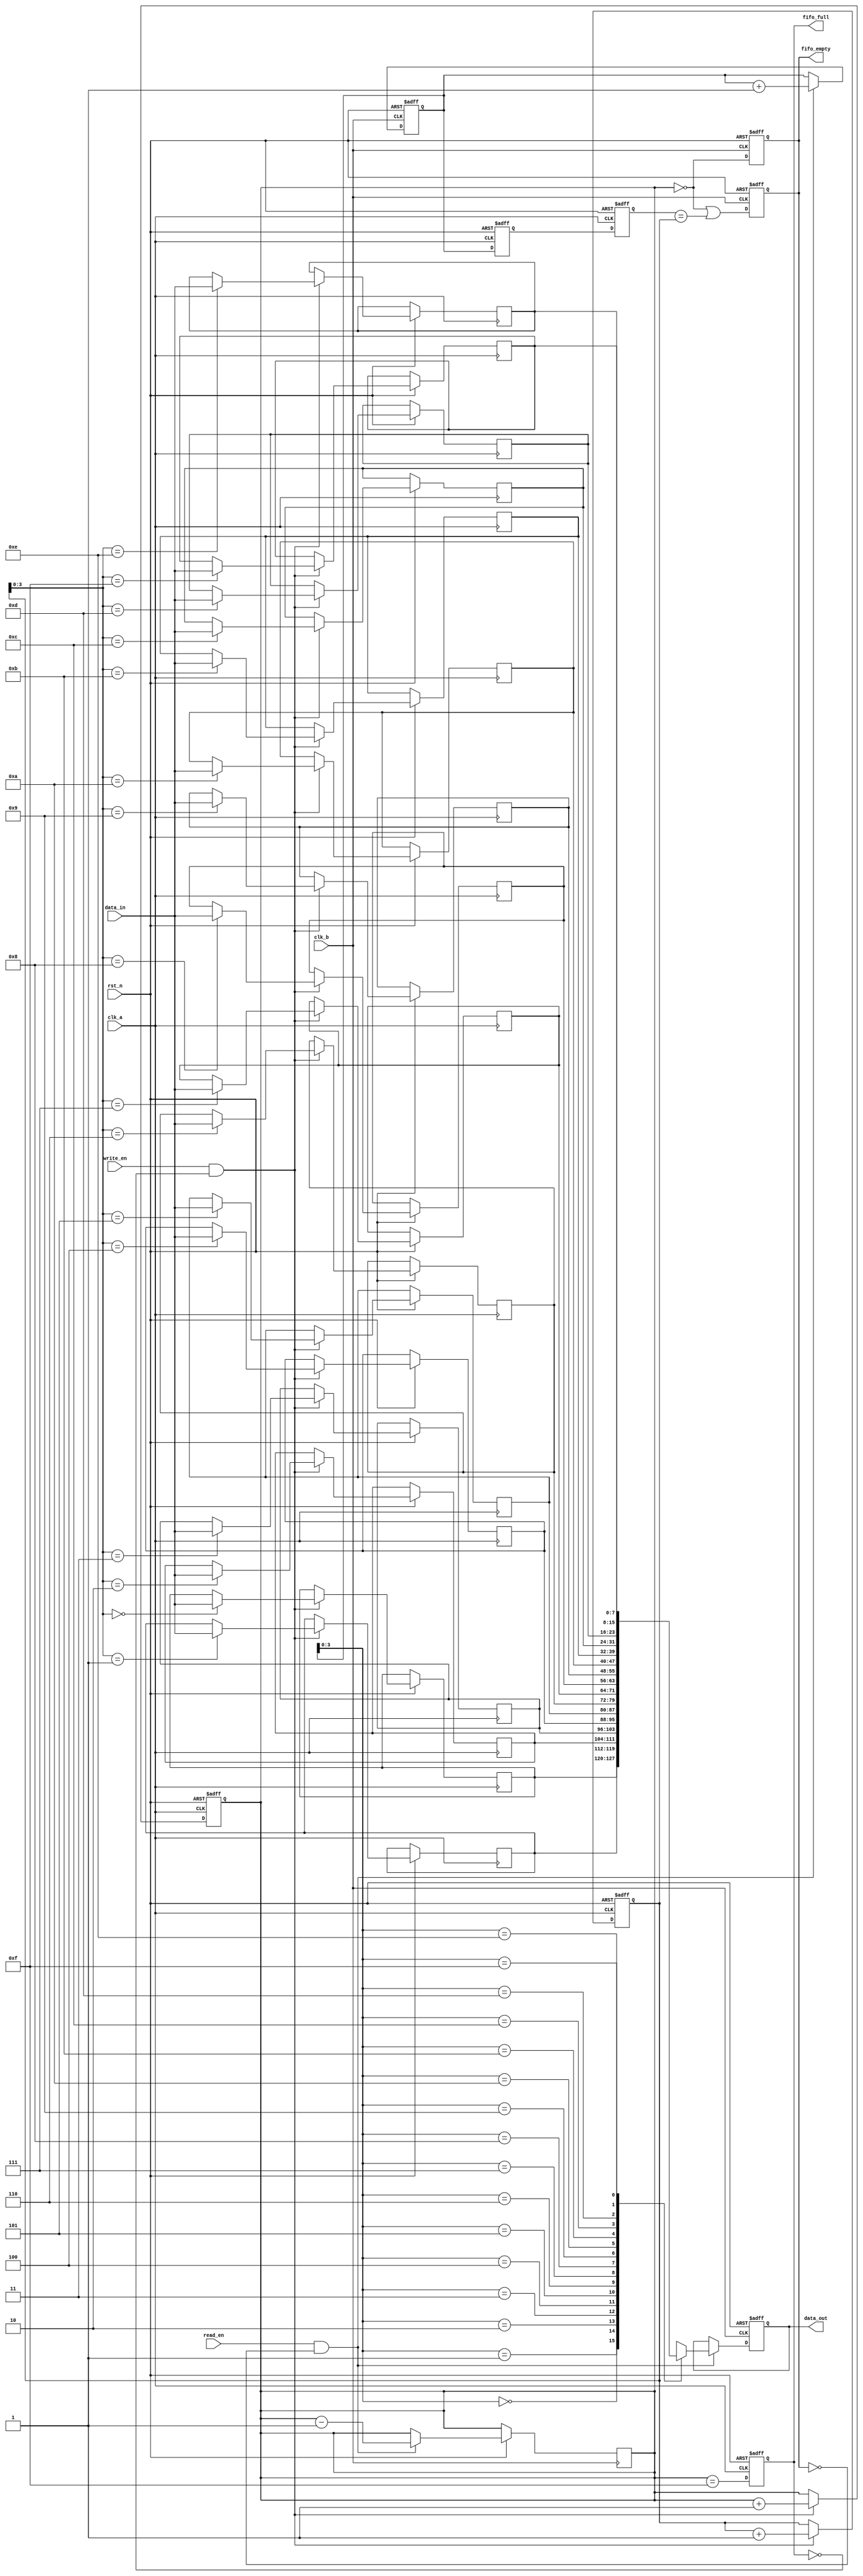
module fifo_synchronizer #(
    parameter DATA_WIDTH = 8,  // Width of the data
    parameter FIFO_DEPTH = 16   // Depth of the FIFO
)(
    input wire clk_a,           // Clock A (write clock)
    input wire clk_b,           // Clock B (read clock)
    input wire rst_n,           // Active low reset
    input wire [DATA_WIDTH-1:0] data_in, // Data input
    input wire write_en,        // Write enable signal
    input wire read_en,         // Read enable signal
    output reg [DATA_WIDTH-1:0] data_out, // Data output
    output reg fifo_full,       // FIFO full flag
    output reg fifo_empty        // FIFO empty flag
);

    // FIFO memory
    reg [DATA_WIDTH-1:0] fifo_mem [0:FIFO_DEPTH-1];
    reg [4:0] write_ptr;       // Write pointer
    reg [4:0] read_ptr;        // Read pointer
    reg [4:0] fifo_count;      // Number of items in FIFO

    // Synchronization registers for read and write pointers
    reg [4:0] sync_read_ptr_1, sync_read_ptr_2;

    // Write logic (Clock A domain)
    always @(posedge clk_a or negedge rst_n) begin
        if (!rst_n) begin
            write_ptr <= 0;
            fifo_count <= 0;
            fifo_full <= 0;
        end else begin
            if (write_en && !fifo_full) begin
                fifo_mem[write_ptr] <= data_in;
                write_ptr <= write_ptr + 1;
                fifo_count <= fifo_count + 1;
            end
            // Update full flag
            fifo_full <= (fifo_count == FIFO_DEPTH - 1);
        end
    end

    // Read logic (Clock B domain)
    always @(posedge clk_b or negedge rst_n) begin
        if (!rst_n) begin
            read_ptr <= 0;
            data_out <= 0;
            fifo_empty <= 1;
        end else begin
            if (read_en && !fifo_empty) begin
                data_out <= fifo_mem[read_ptr];
                read_ptr <= read_ptr + 1;
                fifo_count <= fifo_count - 1;
            end
            // Update empty flag
            fifo_empty <= (fifo_count == 0);
        end
    end

    // Synchronize the read pointer from Clock A to Clock B
    always @(posedge clk_a or negedge rst_n) begin
        if (!rst_n) begin
            sync_read_ptr_1 <= 0;
            sync_read_ptr_2 <= 0;
        end else begin
            sync_read_ptr_1 <= read_ptr;
            sync_read_ptr_2 <= sync_read_ptr_1;
        end
    end

    // Update FIFO empty flag based on synchronized read pointer
    always @(posedge clk_b or negedge rst_n) begin
        if (!rst_n) begin
            fifo_empty <= 1;
        end else begin
            fifo_empty <= (fifo_count == 0) || (sync_read_ptr_2 == write_ptr);
        end
    end

endmodule